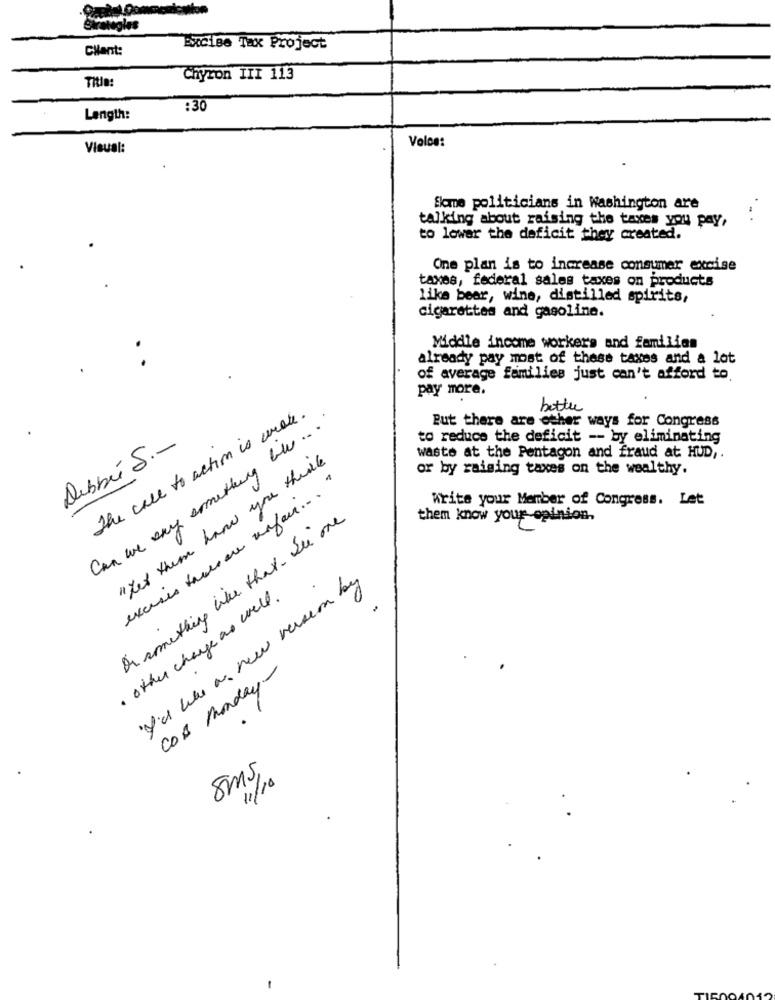
Client:
Excise Tax Project
Chyron III 113
Title:
:30
Length:
Volos:
Visual:
Skme politicians in Washington are
talking about raising the taxes you pay,
to lower the deficit they created.
One plan is to increase consumer excise
taxes, federal sales taxes on products
like bear, wine, distilled spirits,
cigarettes and gasoline.
Middle income workers and families
already pay most of these taxes and a lot
of average families just can't afford to
pay more.
better
The call to action is wrote.
Can we say something ble ....
Put there are other ways for Congress
to reduce the deficit -- by eliminating
Debbé S .-
" Her them have you think
waste at the Pentagon and fraud at HUD ,.
or by raising taxes on the wealthy.
excuses thereare unfair ... "
Write your Member of Congress. Let
Or something like that . Sie one
them know your opinion.
I'd like a new version by
· other change as well.
COB Monday-
Sms,
11/10